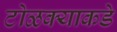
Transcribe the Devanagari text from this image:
टोळक्याकडे